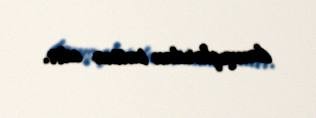
danışıqlardan imtina edir.